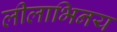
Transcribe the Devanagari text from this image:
लीलाभिनय